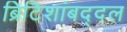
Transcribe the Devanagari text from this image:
ब्रिटिशांबद्दल